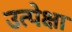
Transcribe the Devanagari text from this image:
उत्पेक्षा